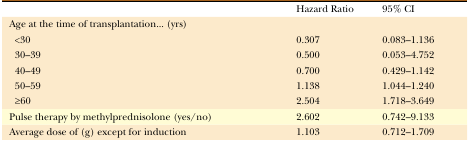
<table><thead><tr><td></td><td><b>Hazard Ratio</b></td><td><b>95% CI</b></td></tr></thead><tbody><tr><td>Age at the time of transplantation... (yrs)</td><td></td><td></td></tr><tr><td>&lt;30</td><td>0.307</td><td>0.083–1.136</td></tr><tr><td>30–39</td><td>0.500</td><td>0.053–4.752</td></tr><tr><td>40–49</td><td>0.700</td><td>0.429–1.142</td></tr><tr><td>50–59</td><td>1.138</td><td>1.044–1.240</td></tr><tr><td>≥60</td><td>2.504</td><td>1.718–3.649</td></tr><tr><td>Pulse therapy by methylprednisolone (yes/no)</td><td>2.602</td><td>0.742–9.133</td></tr><tr><td>Average dose of (g) except for induction</td><td>1.103</td><td>0.712–1.709</td></tr></tbody></table>